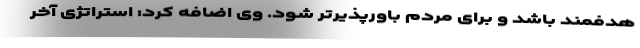
هدفمند باشد و برای مردم باورپذیرتر شود. وی اضافه کرد: استراتژی آخر